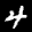
Label: 4